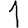
Digit: 1